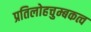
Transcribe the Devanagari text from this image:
प्रतिलोहचुम्बकत्व